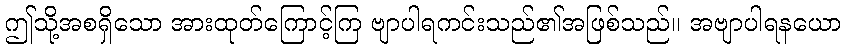
ဤသို့အစရှိသော အားထုတ်ကြောင့်ကြ ဗျာပါရကင်းသည်၏အဖြစ်သည်။ အဗျာပါရနယော